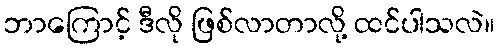
ဘာကြောင့် ဒီလို ဖြစ်လာတာလို့ ထင်ပါသလဲ။